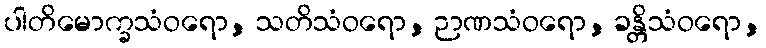
ပါတိမောက္ခသံဝရော, သတိသံဝရော, ဉာဏသံဝရော, ခန္တိသံဝရော,